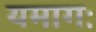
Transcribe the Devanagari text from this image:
यमागः